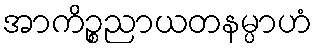
အာကိဉ္စညာယတနမ္ပာဟံ